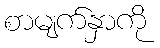
စာမျက်နှာကို